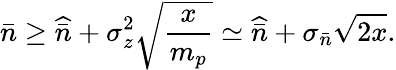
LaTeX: \bar{n}\geq\widehat{\bar{n}}+\sigma_{z}^{2}\sqrt{\frac{x}{m_{p}}}\simeq\widehat{\bar{n}}+\sigma_{\bar{n}}\sqrt{2x}.